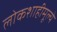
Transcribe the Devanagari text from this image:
लोकशाहीमूल्ये